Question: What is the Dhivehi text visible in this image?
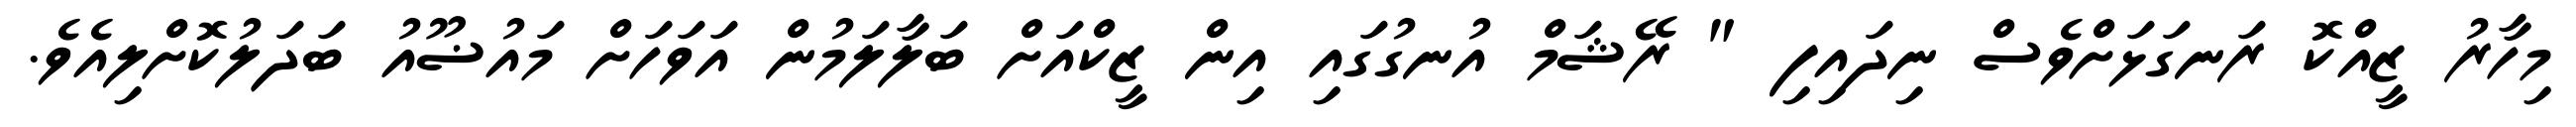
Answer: މިހާރު ޒީއްކޮ ރަނގަޅަށްވެސް ނިދައިފި " ރޭޝަމް އުނގުގައި އިން ޒީކްއަށް ބަލާލަމުން އަވަހަށް މައުޟޫއު ބަދަލުކޮށްލިއެވެ.